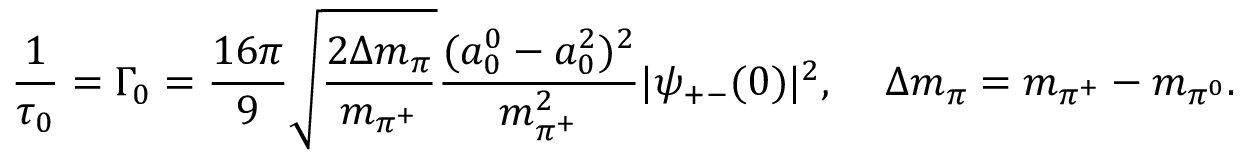
\frac { 1 } { \tau _ { 0 } } = \Gamma _ { 0 } = \frac { 1 6 \pi } { 9 } \sqrt { \frac { 2 \Delta m _ { \pi } } { m _ { \pi ^ { + } } } } \frac { ( a _ { 0 } ^ { 0 } - a _ { 0 } ^ { 2 } ) ^ { 2 } } { m _ { \pi ^ { + } } ^ { 2 } } | \psi _ { + - } ( 0 ) | ^ { 2 } , \ \ \, \ \Delta m _ { \pi } = m _ { \pi ^ { + } } - m _ { \pi ^ { 0 } } .